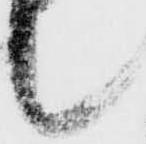
候